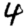
Digit: 4